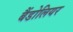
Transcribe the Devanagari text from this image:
बैंडोलियर